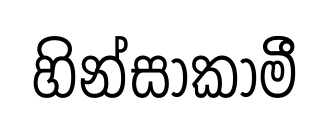
හින්සාකාමී